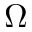
\Omega